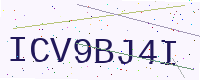
Text: ICV9BJ4I